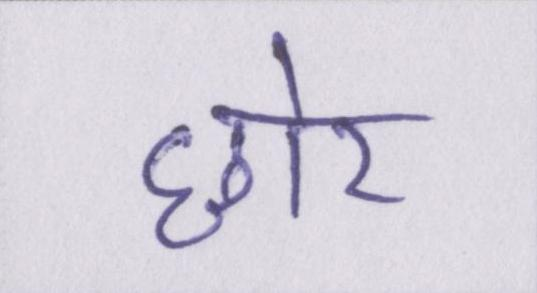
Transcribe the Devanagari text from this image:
छोर